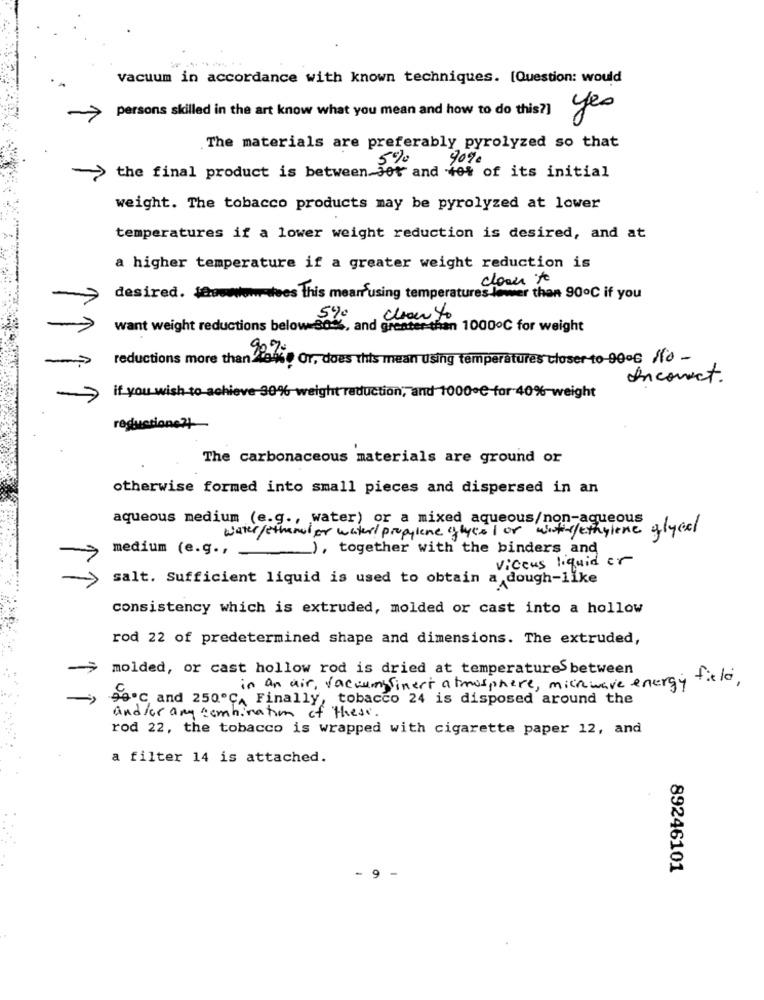
vacuum in accordance with known techniques. [Question: would
persons skilled in the art know what you mean and how to do this?]
yes
The materials are preferably pyrolyzed so that
5%
90%
the final product is between 30 and er of its initial
weight. The tobacco products may be pyrolyzed at lower
temperatures if a lower weight reduction is desired, and at
a higher temperature if a greater weight reduction is
desired. faconwow wees this meanfusing temperatures lawwer then 90℃ if you
5%
Chon to
want weight reductions below Bo%, and greater than 10000℃ for weight
reductions more than one Or, does this mean using temperatures closer to-90ºG fo -
Incorrect.
hieve-30%-v
if you wish to-a
weight reduction, and 1000 ℃ for 40%-weight
reductions?
The carbonaceous materials are ground or
otherwise formed into small pieces and dispersed in an
aqueous medium (e.g ., water) or a mixed aqueous/non-aqueous
water/ethanol or water/ propylene glycol or with/ethylene glyco
medium (e.g .,
_), together with the binders and
viceus liquid or
salt. Sufficient liquid is used to obtain a dough-like
consistency which is extruded, molded or cast into a hollow
rod 22 of predetermined shape and dimensions. The extruded,
molded, or cast hollow rod is dried at temperatures between
field
in an air, vacuum finest atmosphere, microwave energy
96.℃ and 250℃, Finally, tobacco 24 is disposed around the
and /or any combination of these.
rod 22, the tobacco is wrapped with cigarette paper 12, and
a filter 14 is attached.
89246101
9